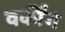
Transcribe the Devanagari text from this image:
वर्कींग